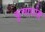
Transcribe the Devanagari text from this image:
कुचार्धाङ्ग